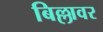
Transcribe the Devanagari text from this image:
बिल्लावर